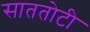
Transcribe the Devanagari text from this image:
साततोटी